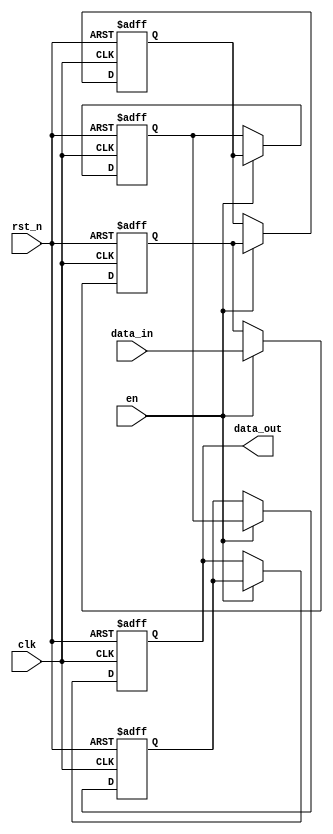
module pipeline_buffer #(
    parameter DEPTH = 4,   // Number of stages in the pipeline
    parameter WIDTH = 8    // Bit-width of the data
)(
    input wire clk,        // Clock signal
    input wire rst_n,      // Active-low reset signal
    input wire en,         // Enable signal
    input wire [WIDTH-1:0] data_in, // Data input
    output reg [WIDTH-1:0] data_out  // Data output
);

    // Declare the register array to hold pipeline stages
    reg [WIDTH-1:0] pipeline_reg [0:DEPTH-1];

    integer i;

    // Sequential logic for the pipeline buffer
    always @(posedge clk or negedge rst_n) begin
        if (!rst_n) begin
            // Reset all pipeline stages to zero
            for (i = 0; i < DEPTH; i = i + 1) begin
                pipeline_reg[i] <= 0;
            end
            data_out <= 0; // Clear output on reset
        end else if (en) begin
            // Shift data through the pipeline
            pipeline_reg[0] <= data_in; // Load new data into the first stage
            for (i = 1; i < DEPTH; i = i + 1) begin
                pipeline_reg[i] <= pipeline_reg[i-1]; // Shift data to the next stage
            end
            data_out <= pipeline_reg[DEPTH-1]; // Output the last stage
        end
    end

endmodule